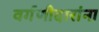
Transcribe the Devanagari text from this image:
वर्गणीदारांना